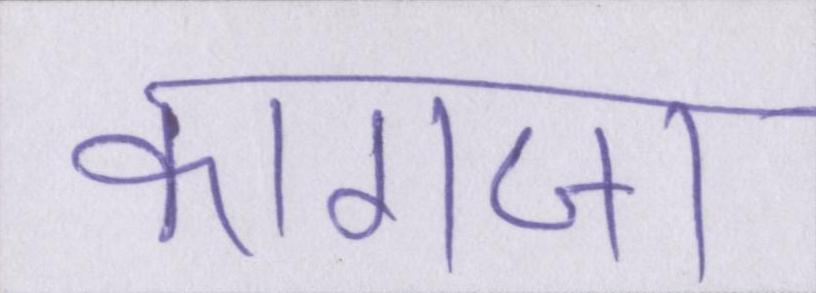
कागजा